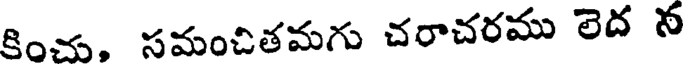
కించు, సమంచితమగు చరాచరము లెద న